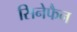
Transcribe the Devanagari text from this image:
सिनेफैन